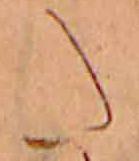
た